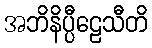
အဘိနိပ္ပီဠေသီတိ